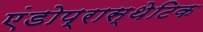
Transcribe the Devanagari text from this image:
एंडोप्रास्थेटिक